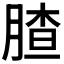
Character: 𱼍